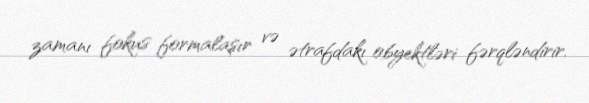
zamanı fokus formalaşır və ətrafdakı obyektləri fərqləndirir.